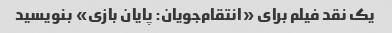
یک نقد فیلم برای «انتقام‌جویان: پایان بازی» بنویسید